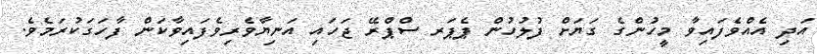
އަދި އެއްވެފައިވާ މީހުންގެ ގަޔަށް ފުލުހުން ޕެޕަރ ސްޕްރޭ ޖަހައި އަނިޔާވެރިވެފައިވާކަން ފާހަގަކުރަމެވެ.